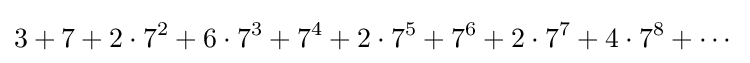
3+7+2\cdot 7^{2}+6\cdot 7^{3}+7^{4}+2\cdot 7^{5}+7^{6}+2\cdot 7^{7}+4\cdot 7^{8}+\cdots